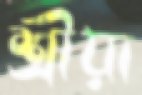
শ্রীয়া